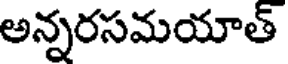
అన్నరసమయాత్